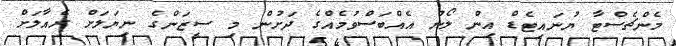
މެންޗެސްޓާ ޔުނައިޓެޑް އިން ލޯނު އެއްބަސްވުމެއްގެ ދަށުން މި ސީޒަންގެ ނިޔަލަށް ރެއާލަށް